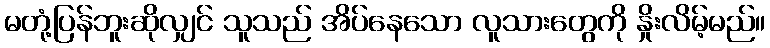
မတုံ့ပြန်ဘူးဆိုလျှင် သူသည် အိပ်နေသော လူသားတွေကို နှိုးလိမ့်မည်။